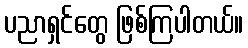
ပညာရှင်တွေ ဖြစ်ကြပါတယ်။